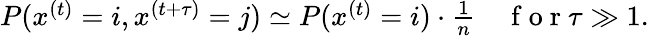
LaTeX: \begin{array}{r}{P(x^{(t)}=i,x^{(t+\tau)}=j)\simeq P(x^{(t)}=i)\cdot\frac{1}{n}\quad\mathrm{~f~o~r~}\tau\gg 1.}\end{array}